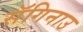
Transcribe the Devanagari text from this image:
सॅगिनाउ